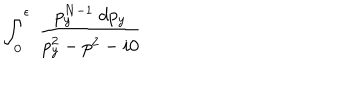
\int _ { 0 } ^ { \epsilon } ~ \frac { p _ { y } ^ { N - 1 } ~ d p _ { y } } { p _ { y } ^ { 2 } - p ^ { 2 } - i 0 }